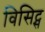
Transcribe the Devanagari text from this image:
विसिट्स